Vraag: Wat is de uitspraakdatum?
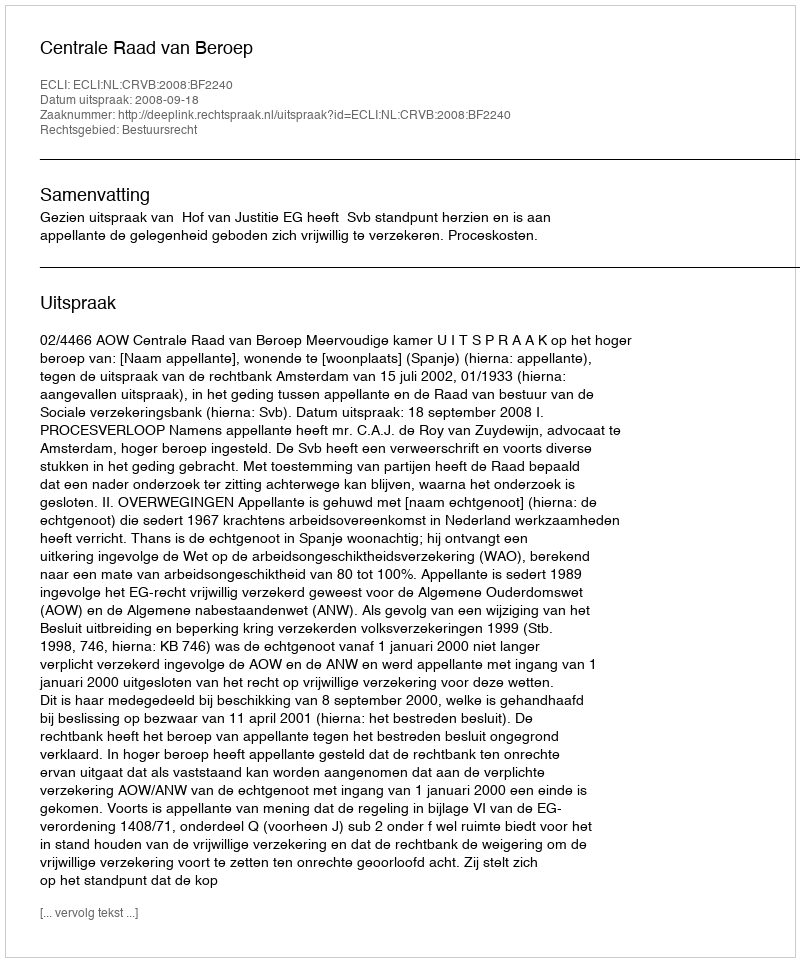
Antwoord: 2008-09-18